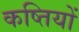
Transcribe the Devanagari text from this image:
कष्तियों